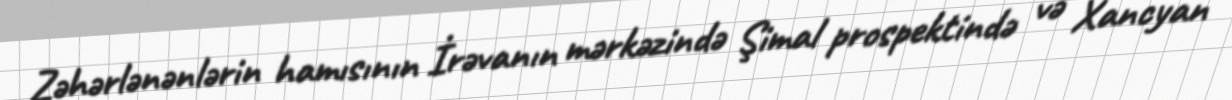
Zəhərlənənlərin hamısının İrəvanın mərkəzində Şimal prospektində və Xancyan